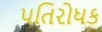
પતિરોધક